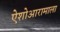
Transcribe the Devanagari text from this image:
ऐशोआरामाला